Annual report of the Imperial Bacteriologist
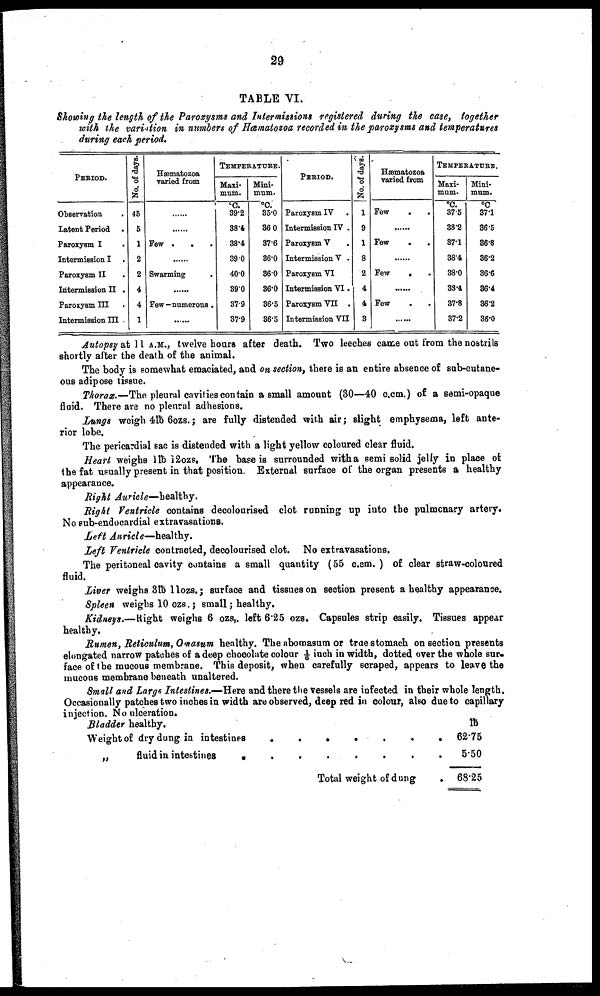
29
TABLE VI.
Showing the length of the Paroxysms and Intermissions registered during the ease, together
with the variation in numbers of Hæmatozoa recorded in the paroxysms and temperatures
during each period.
PERIOD.
Observation
.
Latent Period .
Paroxysm I
Intermission I .
Paroxysm II .
Intermission II .
Paroxysm III
Intermission III .
No. of days.
45
5
1
2
2
4
4
1
Hæmatozoa
varied from
......
......
Few .
. .
......
Swarming
.
......
Few-numerous.
......
TEMPERATURE.
Maxi-
mum.
°C.
39.2
38.4
38.4
39.0
40.0
39.0
37.9
37.9
Mini-
mum.
°C.
35.0
36.0
37.6
36.0
36.0
36.0
36.5
36.5
PERIOD.
Paroxysm IV
.
Intermission IV .
Paroxysm V
.
Intermission V .
Paroxysm VI
Intermission VI.
Paroxysm VII .
Intermission VII
No. of days.
1
9
1
8
2
4
4
3
Hæmatozoa
varied from
Few
.
......
Few
.
......
Few
.
......
Few
......
TEMPERATURE.
Maxi-
mum.
°C.
37.5
38.2
37.1
38.4
38.0
38.4
37.8
37.2
Mini-
mum.
°C
37.1
36.5
36.8
36.2
36.6
36.4
36.2
36.0
Autopsy at 11 A.M., twelve hours after death. Two leeches came out from the nostrils
shortly after the death of the animal.
The body is somewhat emaciated, and on section, there is an entire absence of sub-cutane-
ous adipose tissue.
Thorax.—The pleural cavities contain a small amount (30—40 c.cm.) of a semi-opaque
fluid. There are no pleural adhesions.
Lungs weigh 4lb 6ozs.; are fully distended with air; slight emphysema, left ante-
rior lobe.
The pericardial sac is distended with a light yellow coloured clear fluid.
Heart weighs 1 lb 12 OZS. The base is surrounded with a semi solid jelly in place of
the fat usually present in that position. External surface of the organ presents a healthy
appearance.
Right Auricle—healthy.
Right Ventricle contains decolourised clot running up into the pulmonary artery.
No sub-endocardial extravasations.
Left Auricle—healthy.
Left Ventricle contracted, decolourised clot. No extravasations.
The peritoneal cavity contains a small quantity (55 c.cm. ) of clear straw-coloured
fluid.
Liver weighs 3lb 1lozs.; surface and tissues on section present a healthy appearance.
Spleen weighs 10 ozs. ; small; healthy.
Kidneys.—Right weighs 6 ozs,. left 6.25 ozs. Capsules strip easily. Tissues appear
healthy.
Rumen, Reticulum, Omasum healthy. The abomasum or true stomach on section presents
elongated narrow patches of a deep chocolate colour 1/6 inch in width, dotted over the whole sur-
face of the mucous membrane. This deposit, when carefully scraped, appears to leave the
mucous membrane beneath unaltered.
Small and Large Intestines.—Here and there the vessels are infected in their whole length.
Occasionally patches two inches in width are observed, deep red in colour, also due to capillary
injection. No ulceration.
Bladder healthy.
Weight of dry dung in intestines
„ fluid in intestines
.
.
.
.
.
.
.
.
.
.
.
.
.
Total weight of dung
.
.
.
lb
62.75
5.50
68.25